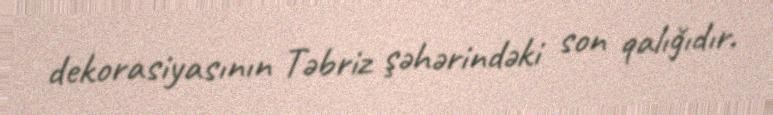
dekorasiyasının Təbriz şəhərindəki son qalığıdır.